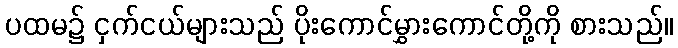
ပထမ၌ ငှက်ငယ်များသည် ပိုးကောင်မွှားကောင်တို့ကို စားသည်။